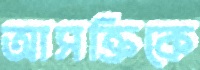
আসক্তিকে